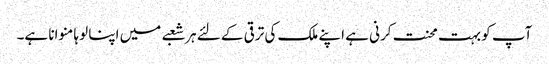
آپ کو بہت محنت کرنی ہے اپنے ملک کی ترقی کے لئے ہر شعبے میں اپنا لوہا منوانا ہے۔